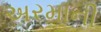
અરમાની